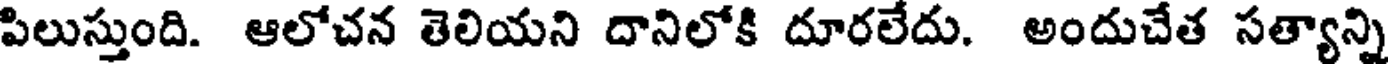
పిలుస్తుంది. ఆలోచన తెలియని దానిలోకి దూరలేదు. అందుచేత సత్యాన్ని